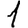
Digit: 1